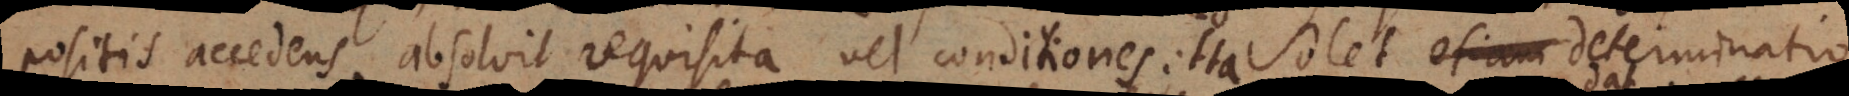
positis accedens absolvit requisita vel conditiones. Ita solet determinatio